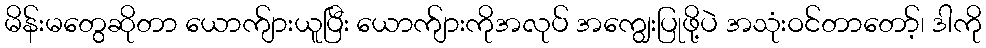
မိန်းမတွေဆိုတာ ယောက်ျားယူပြီး ယောက်ျားကိုအလုပ် အကျွေးပြုဖို့ပဲ အသုံးဝင်တာတော့်၊ ဒါကို